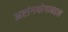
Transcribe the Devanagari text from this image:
अष्टांगयोगाबद्दल